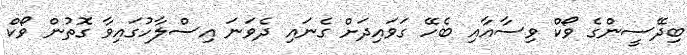
ބިދޭސީންގެ ވޯކް ވިސާއާއި ބެހޭ ގަވައިދަށް ގެނައި ދެވަނަ އިސްލާހުގައިވާ ގޮތުން ވޯކް